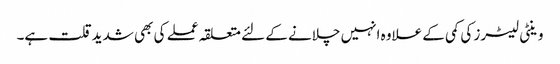
وینٹی لیٹرز کی کمی کے علاوہ انہیں چلانے کے لئے متعلقہ عملے کی بھی شدیدقلت ہے۔